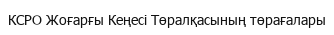
КСРО Жоғарғы Кеңесі Төралқасының төрағалары